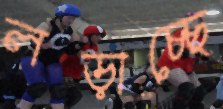
লড়াচ্ছে